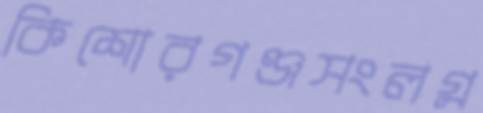
কিশোরগঞ্জসংলগ্ন